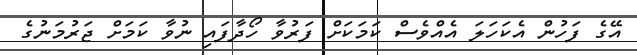
އޭގެ ފަހުން އެކަހަލަ އެއްވެސް ކަމަކަށް ފަރުވާ ހޯދާފައި ނުވާ ކަމަށް ޖަރުމަނުގެ